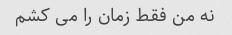
نه من فقط زمان را می کشم